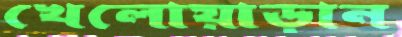
খেলোয়াড়ান